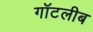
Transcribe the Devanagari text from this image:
गॉटलीब